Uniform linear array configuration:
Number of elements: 24
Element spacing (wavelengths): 1
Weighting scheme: blackman
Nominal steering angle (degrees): -60
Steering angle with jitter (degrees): -58.971
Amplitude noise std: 0.05
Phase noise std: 0.05

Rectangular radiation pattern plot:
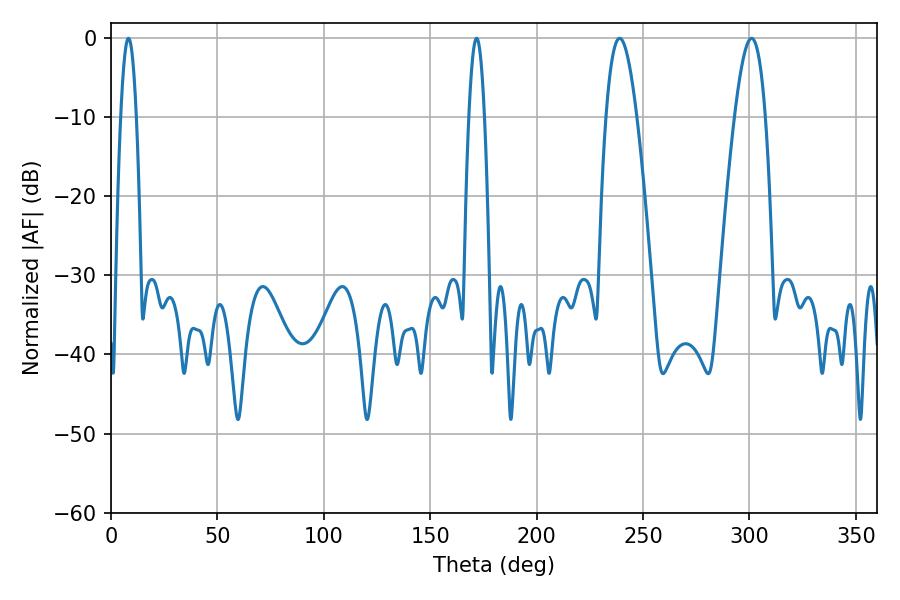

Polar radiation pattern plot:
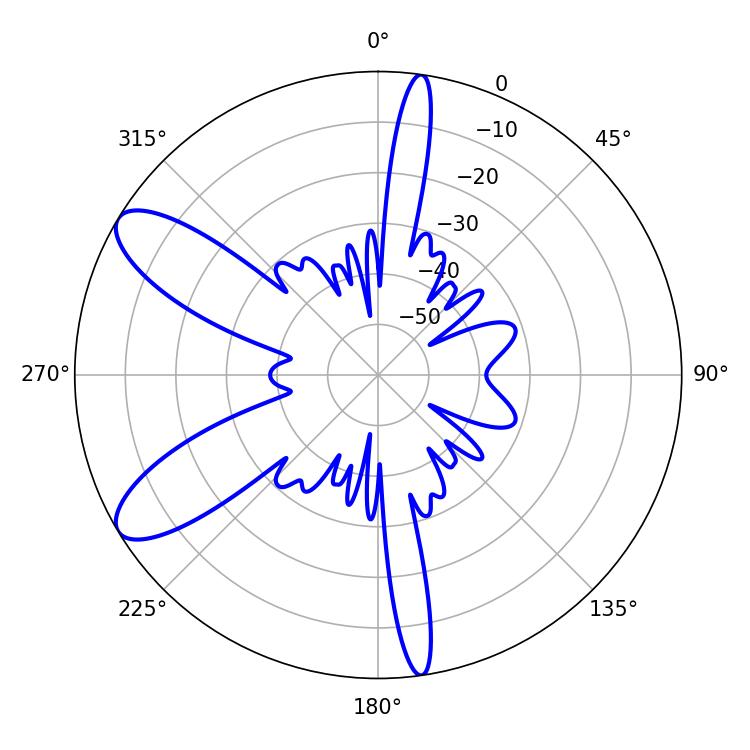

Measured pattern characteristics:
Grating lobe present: TRUE
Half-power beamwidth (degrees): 7.92
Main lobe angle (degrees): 239.04